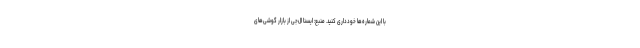
با این شماره‌ها خودداری کنید. منبع: ایسنا ال‌جی از بازار گوشی‌های